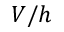
V / h